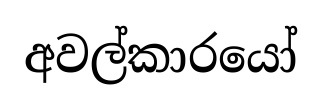
අවල්කාරයෝ